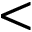
<